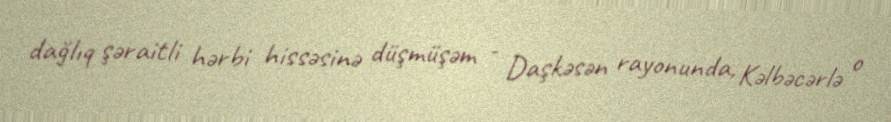
dağlıq şəraitli hərbi hissəsinə düşmüşəm - Daşkəsən rayonunda, Kəlbəcərlə o